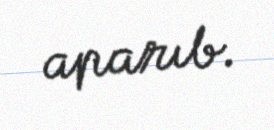
aparıb.